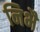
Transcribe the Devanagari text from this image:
निभै